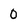
Character: 0